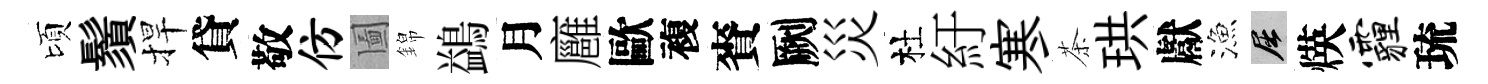
頃鬚捍貸敬仿圗錦鷁月廱歐複賚劂災杜紆寒茶珙獻漁屈煐霾琉